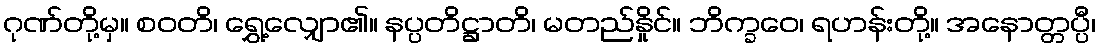
ဂုဏ်တို့မှ။ စဝတိ၊ ရွှေ့လျှော၏။ နပ္ပတိဋ္ဌာတိ၊ မတည်နှိုင်။ ဘိက္ခဝေ၊ ရဟန်းတို့။ အနောတ္တပ္ပီ၊